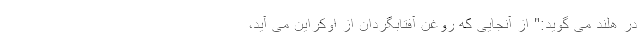
در هلند می گوید:" از آنجایی که روغن آفتابگردان از اوکراین می آید،